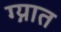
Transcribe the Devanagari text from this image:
ग्न्यात